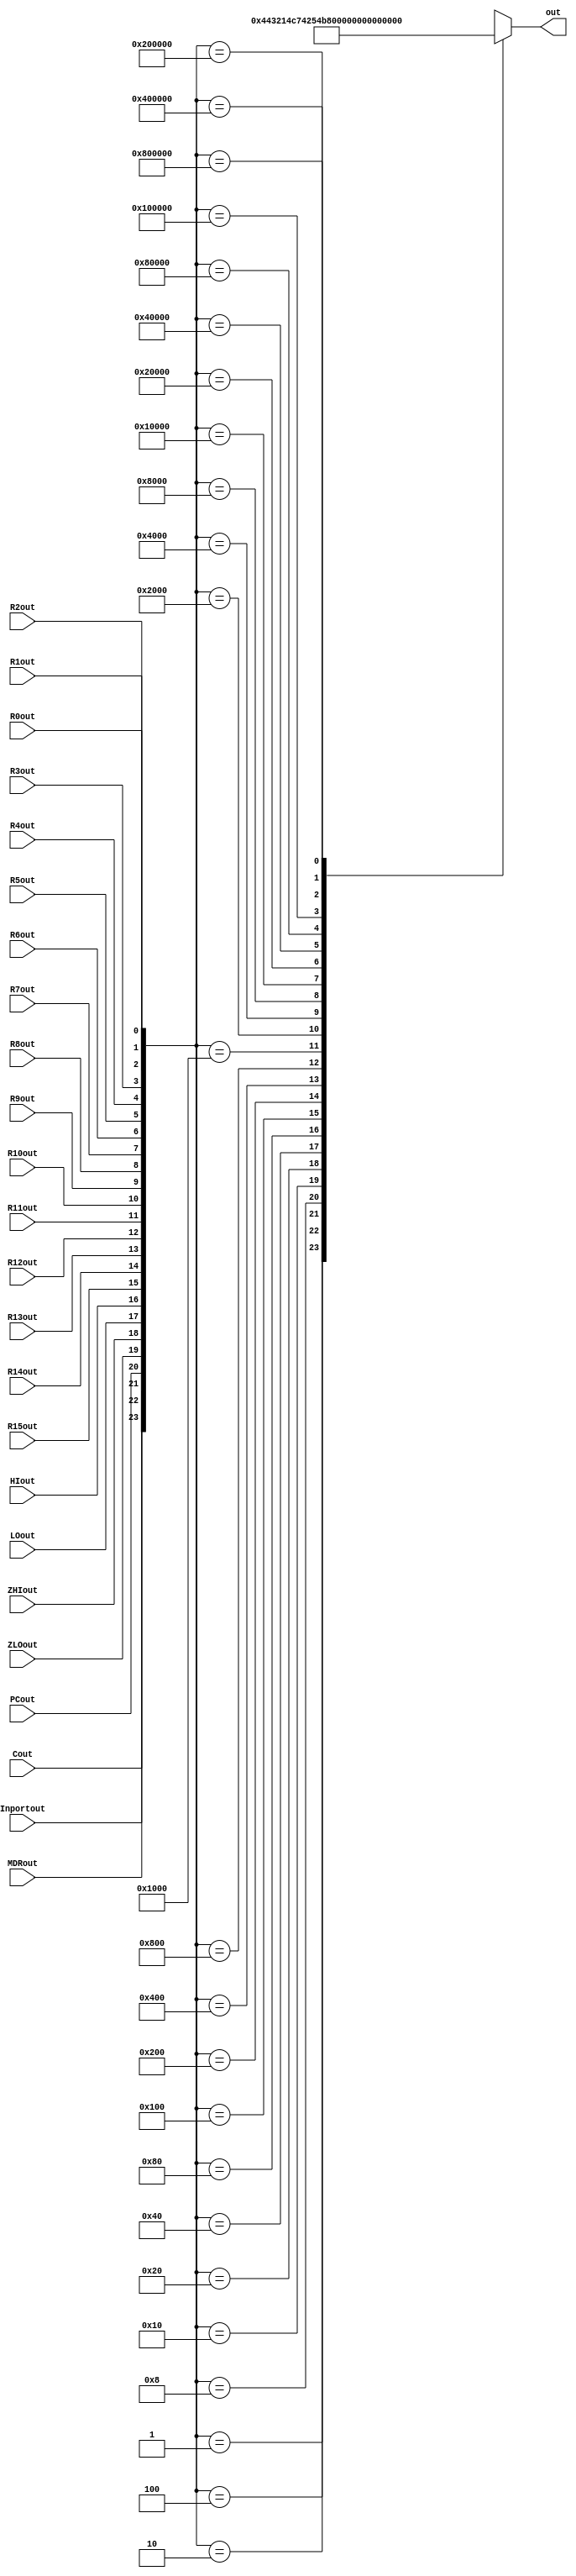
//32-5 bit encoder for the bidirectional bus
module encoder_32_5 (
input wire R0out, R1out, R2out, R3out, 
	R4out, R5out, R6out, R7out, R8out, 
	R9out, R10out, R11out, R12out, R13out, 
	R14out, R15out, HIout, LOout, ZHIout, 
	ZLOout, PCout, MDRout, Inportout, Cout,

output reg [4:0] out
);

wire [31:0] in = { 8'd0, Cout, Inportout, MDRout, PCout, ZLOout, ZHIout, LOout, HIout, R15out, R14out, R13out, R12out,
								R11out, R10out, R9out, R8out, R7out, R6out, R5out, R4out, R3out, R2out, R1out, R0out};

always@(*)begin
	case(in)
		32'h00000001 : out = 0;
		32'h00000002 : out = 1;
		32'h00000004 : out = 2;
		32'h00000008 : out = 3;
		32'h00000010 : out = 4;
		32'h00000020 : out = 5;
		32'h00000040 : out = 6;
		32'h00000080 : out = 7;
		32'h00000100 : out = 8;
		32'h00000200 : out = 9;
		32'h00000400 : out = 10;
		32'h00000800 : out = 11;
		32'h00001000 : out = 12;
		32'h00002000 : out = 13;
		32'h00004000 : out = 14;
		32'h00008000 : out = 15;
		32'h00010000 : out = 16;
		32'h00020000 : out = 17;
		32'h00040000 : out = 18;
		32'h00080000 : out = 19;
		32'h00100000 : out = 20;
		32'h00200000 : out = 21;
		32'h00400000 : out = 22;
		32'h00800000 : out = 23;
		default		: out = 5'bx;
		endcase
	end
endmodule